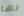
لها